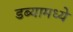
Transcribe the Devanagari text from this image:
डब्यामध्ये